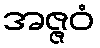
အဇ္ဇဝံ